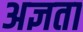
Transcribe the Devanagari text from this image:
अज्ञता